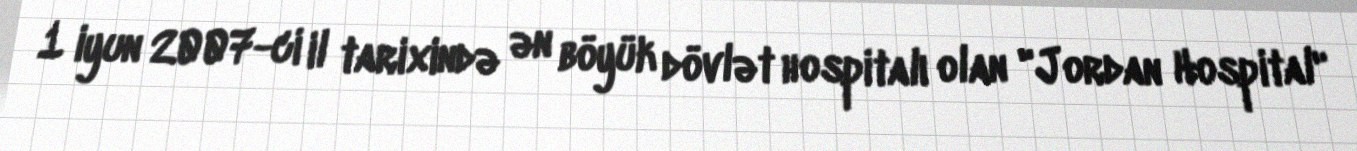
1 iyun 2007-ci il tarixində ən böyük dövlət hospitalı olan "Jordan Hospital"